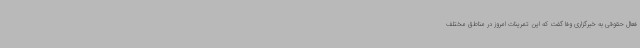
فعال حقوقی به خبرگزاری وفا گفت که این تمرینات امروز در مناطق مختلف